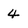
Character: 4